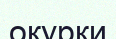
окурки